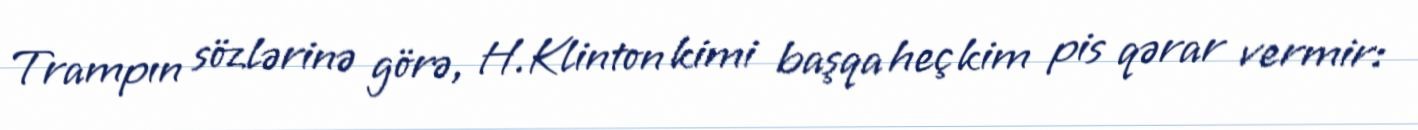
Trampın sözlərinə görə, H.Klinton kimi başqa heç kim pis qərar vermir: